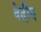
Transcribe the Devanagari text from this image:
वेदीय